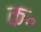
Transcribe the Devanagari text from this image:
क॰